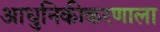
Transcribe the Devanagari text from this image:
आधुनिकीकरणाला